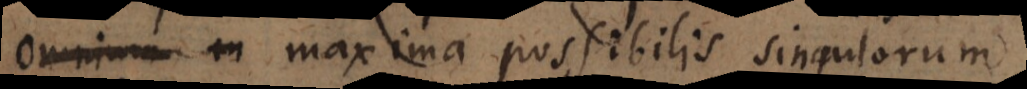
omnium in maxima possibilis singulorum.